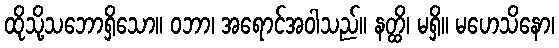
ထိုသို့သဘောရှိသော။ ဝဘာ၊ အရောင်အဝါသည်။ နတ္ထိ၊ မရှိ။ မဟေသိနော၊